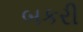
બકરી